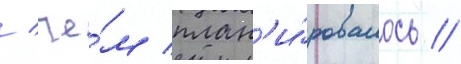
/ че́м план'и́ровалось //